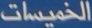
الخُمِسَات